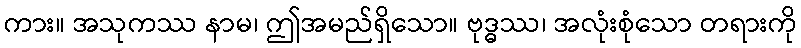
ကား။ အသုကဿ နာမ၊ ဤအမည်ရှိသော။ ဗုဒ္ဓဿ၊ အလုံးစုံသော တရားကို